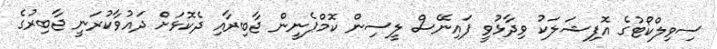
ސިވިލްކޯޓުގެ އޮފިޝަލަކު ވިދާޅުވީ ފައިނޭސް ލީސިން ކޮމްޕެނީން ޖާބިރާއި ދެކޮޅަށް ދައުވާކުރަނީ ޖާބިރުގެ